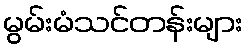
မွမ်းမံသင်တန်းများ